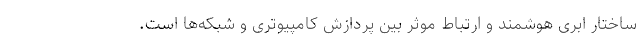
ساختار ابری هوشمند و ارتباط موثر بین پردازش کامپیوتری و شبکه‌ها است.